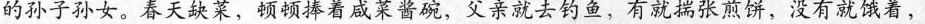
的孙子孙女。春天缺菜，顿顿捧着咸菜酱碗，父亲就去钓鱼，有就揣张煎饼，没有就饿着，